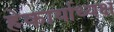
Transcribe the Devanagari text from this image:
हेकार्याध्यक्ष